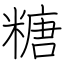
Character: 糖